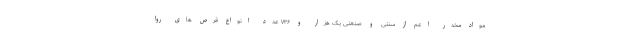
مواد مخدر اعم از سنتی و صنعتی یک هزار و ۷۳۶ عدد انواع قرص های روا